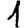
Digit: 1